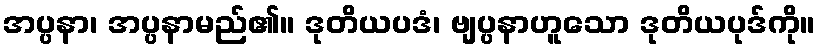
အပ္ပနာ၊ အပ္ပနာမည်၏။ ဒုတိယပဒံ၊ ဗျပ္ပနာဟူသော ဒုတိယပုဒ်ကို။